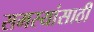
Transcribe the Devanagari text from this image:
समस्यांसाठी